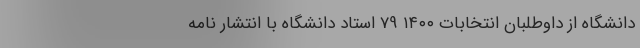
دانشگاه‌ از داوطلبان انتخابات ۱۴۰۰ 79 استاد دانشگاه با انتشار نامه